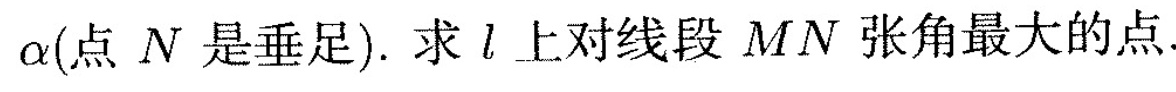
α ( 点N是垂足 ). 求 \iota 上对线段MN张角最大的点。